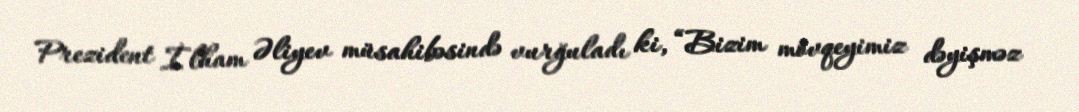
Prezident İlham Əliyev müsahibəsində vurğuladı ki, “Bizim mövqeyimiz dəyişməz